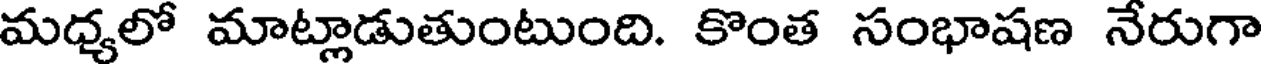
మధ్యలో మాట్లాడుతుంటుంది. కొంత సంభాషణ నేరుగా